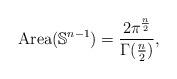
LaTeX: \begin{align*} \mathrm{Area}(\mathbb{S}^{n-1}) = \frac{2 \pi^{\frac{n}{2}}}{\Gamma(\frac{n}{2})}, \end{align*}